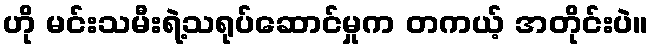
ဟို မင်းသမီးရဲ့သရုပ်ဆောင်မှုက တကယ့် အတိုင်းပဲ။